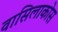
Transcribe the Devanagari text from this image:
वासिलाकोस